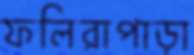
ফলিরাপাড়া